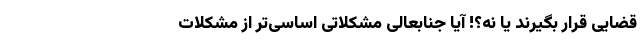
قضایی قرار بگیرند یا نه؟! آیا جنابعالی مشکلاتی اساسی‌تر از مشکلات